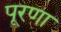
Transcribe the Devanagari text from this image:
पूरणा